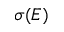
\sigma ( E )